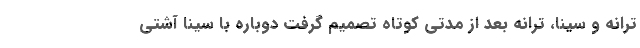
ترانه و سینا، ترانه بعد از مدتی کوتاه تصمیم گرفت دوباره با سینا آشتی